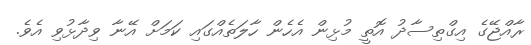
ރާއްޖޭގެ އިގްތިސާދު އޮތީ މުޅިން އެހެން ހާލަތެއްގައި ކަމަށް އޭނާ ވިދާޅުވި އެވެ.